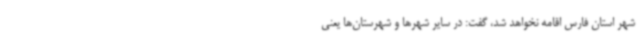
شهر استان فارس اقامه نخواهد شد، گفت: در سایر شهرها و شهرستان‌ها یعنی